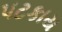
પટકાય